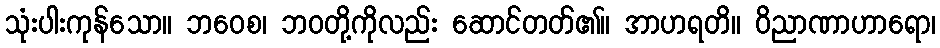
သုံးပါးကုန်သော။ ဘဝေစ၊ ဘဝတို့ကိုလည်း ဆောင်တတ်၏။ အာဟရတိ။ ဝိညာဏာဟာရော၊